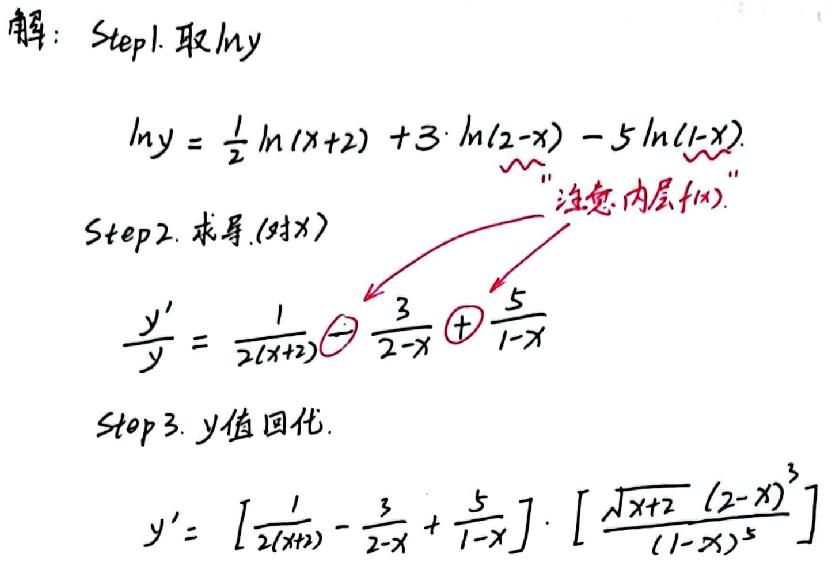
解：Step1. 取ln y
\[ \ln y = \frac{1}{2} \ln (x + 2) + 3 \cdot \ln (2 - x) - 5 \ln (1 - x) \]
Step2. 求导(对x)
\[ \frac{y'}{y} = \frac{1}{2(x + 2)} - \frac{3}{2 - x} + \frac{5}{1 - x} \]
注意内层f(x).
Step3. y值回代.
\[ y' = \left[ \frac{1}{2(x + 2)} - \frac{3}{2 - x} + \frac{5}{1 - x} \right] \cdot \left[ \frac{\sqrt{x + 2} (2 - x)^{3}}{(1 - x)^{5}} \right] \]